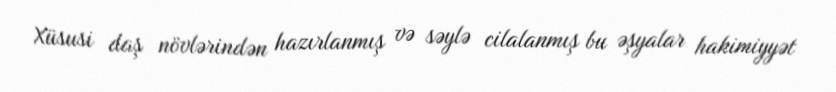
Xüsusi daş növlərindən hazırlanmış və səylə cilalanmış bu əşyalar hakimiyyət